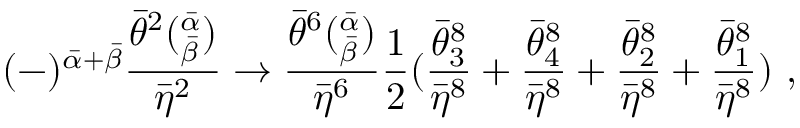
( - ) ^ { { \bar { \alpha } } + { \bar { \beta } } } \frac { { \bar { \theta } } ^ { 2 } ( _ { \bar { \beta } } ^ { \bar { \alpha } } ) } { { \bar { \eta } } ^ { 2 } } \rightarrow \frac { { \bar { \theta } } ^ { 6 } ( _ { \bar { \beta } } ^ { \bar { \alpha } } ) } { { \bar { \eta } } ^ { 6 } } { \frac { 1 } { 2 } } ( \frac { { \bar { \theta } } _ { 3 } ^ { 8 } } { { \bar { \eta } } ^ { 8 } } + \frac { { \bar { \theta } } _ { 4 } ^ { 8 } } { { \bar { \eta } } ^ { 8 } } + \frac { { \bar { \theta } } _ { 2 } ^ { 8 } } { { \bar { \eta } } ^ { 8 } } + \frac { { \bar { \theta } } _ { 1 } ^ { 8 } } { { \bar { \eta } } ^ { 8 } } ) \ ,